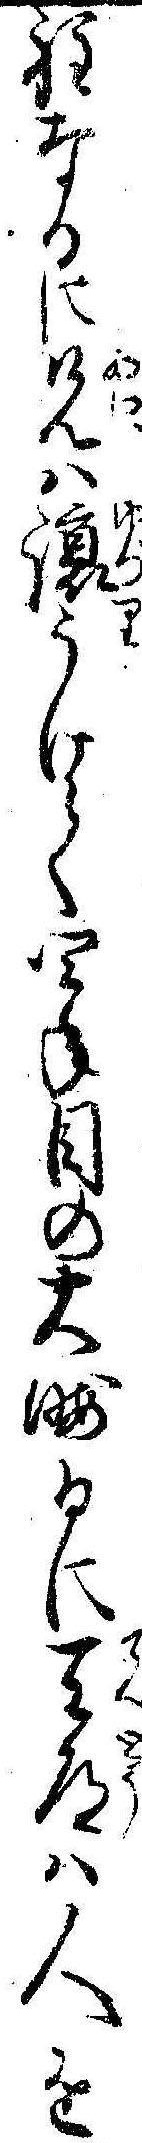
程なるに兄は譲うけて四年目の大晦日に天道は人を